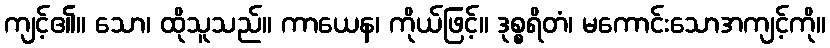
ကျင့်၏။ သော၊ ထိုသူသည်။ ကာယေန၊ ကိုယ်ဖြင့်။ ဒုစ္စရိတံ၊ မကောင်းသောအကျင့်ကို။